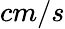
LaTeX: cm/s